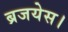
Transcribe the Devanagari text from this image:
ब्रजयेस।